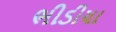
ભીડીયા